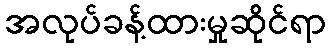
အလုပ်ခန့်ထားမှုဆိုင်ရာ